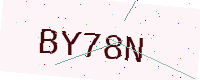
Text: BY78N